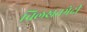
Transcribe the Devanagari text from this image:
चिलखतभेदी